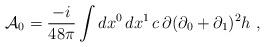
LaTeX: \begin{align*}{\cal A}_0=\frac{-i}{48\pi }\int dx^0\,dx^1\, c\,\partial (\partial_0+\partial _1)^2 h\ ,\end{align*}